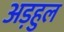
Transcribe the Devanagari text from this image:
अड़हुल